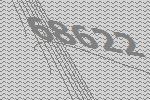
68622